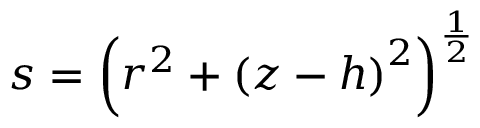
s = \left( r ^ { 2 } + \left( z - h \right) ^ { 2 } \right) ^ { \frac { 1 } { 2 } }